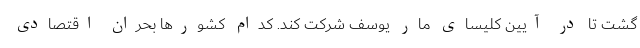
گشت تا در آیین کلیسای مار یوسف شرکت کند. کدام کشورها بحران اقتصادی